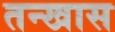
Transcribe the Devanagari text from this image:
तन्खास